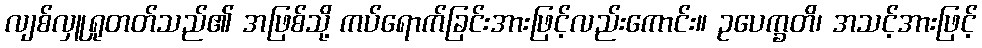
လျစ်လှူရှုတတ်သည်၏ အဖြစ်သို့ ကပ်ရောက်ခြင်းအားဖြင့်လည်းကောင်း။ ဥပေက္ခတိ၊ အသင့်အားဖြင့်